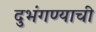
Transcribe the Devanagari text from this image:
दुभंगण्याची